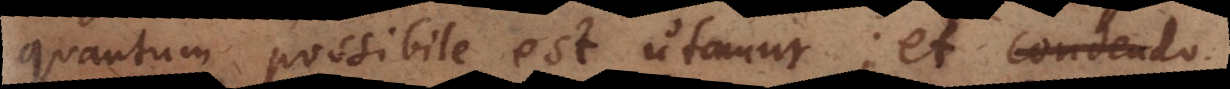
quantum possibile est utamur; et secundo